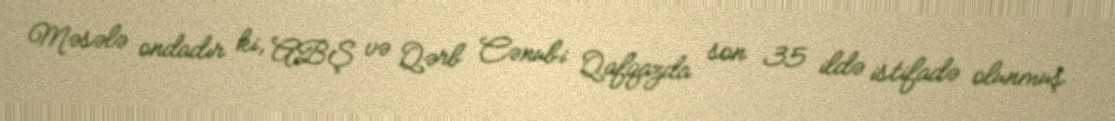
Məsələ ondadır ki, ABŞ və Qərb Cənubi Qafqazda son 35 ildə istifadə olunmuş